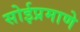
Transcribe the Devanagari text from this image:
सोईप्रमाणे